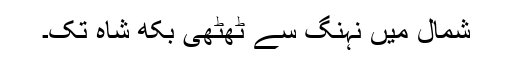
شمال میں نہنگ سے ٹھٹھی بکھ شاہ تک۔